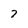
Character: 7